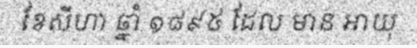
ខែសីហា ឆ្នាំ ១៨៩៥ ដែល មាន អាយុ